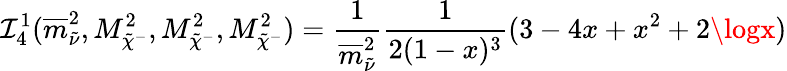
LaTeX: \mathcal{I}_{4}^{1}(\overline{{{{m}}}}_{\tilde{{\nu}}}^{2},M_{\tilde{{\chi}}^{-}}^{2},M_{\tilde{{\chi}}^{-}}^{2},M_{\tilde{{\chi}}^{-}}^{2})=\frac{1}{{\overline{{{{m}}}}_{\tilde{{\nu}}}^{2}}}\frac{1}{{2(1-x)^{3}}}(3-4x+x^{2}+2\logx)